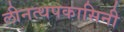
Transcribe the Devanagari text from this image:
लीनत्थपकासिनी